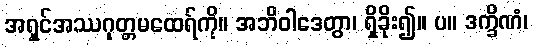
အရှင်အဿဂုတ္တမထေရ်ကို။ အဘိဝါဒေတွာ၊ ရှိခိုး၍။ ပ။ ဒက္ခိဏံ၊